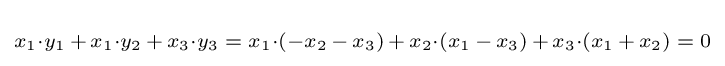
\scriptstyle x_{1}\cdot y_{1}\,+\,x_{1}\cdot y_{2}\,+\,x_{3}\cdot y_{3}\;=\;x_{1}\cdot (-x_{2}\,-\,x_{3})\,+\,x_{2}\cdot (x_{1}\,-\,x_{3})\,+\,x_{3}\cdot (x_{1}\,+\,x_{2})\;=\;0